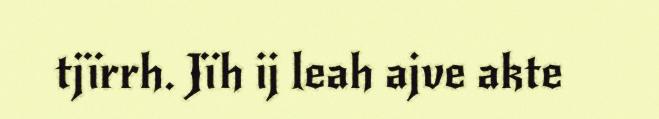
tjïrrh. Jïh ij leah ajve akte